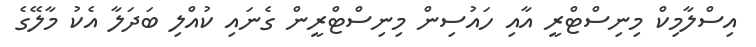
އިސްލާމިކް މިނިސްޓްރީ އާއި ހައުސިން މިނިސްޓްރީން ގެނައި ކުއްލި ބަދަލާ އެކު މާލޭގެ